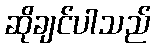
ဆိုချင်ပါသည်